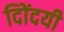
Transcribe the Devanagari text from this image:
दिोंदयी